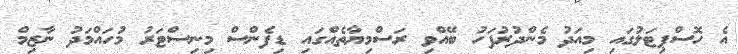
އެ ހޮސްޕިޓަލުގައި މިއަދު މެންދުރުފަހު ބޭއްވި ރަސްމިޔާތެއްގައި ޑިފެންސް މިނިސްޓަރު މުހައްމަދު ނާޒިމް